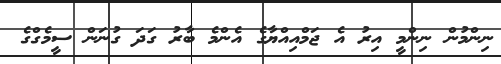
ނިންމުން ނިންމީ އިރު އެ ޖަމްއިއްޔާގެ އެންމެ ބާރު ގަދަ ގުނަން ސީމެގްގެ